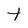
Character: t